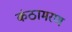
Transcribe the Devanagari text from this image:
कंठामरण